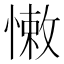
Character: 𢠂